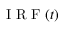
\textrm { I R F } ( t )